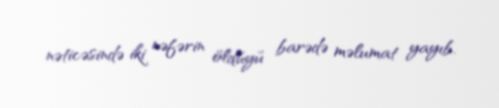
nəticəsində iki nəfərin öldüyü barədə məlumat yayıb.